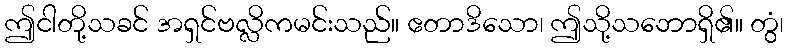
ဤငါတို့သခင် အရှင်ဗလ္လိကမင်းသည်။ ဧတာဒိသော၊ ဤသို့သဘောရှိ၏။ တွံ၊